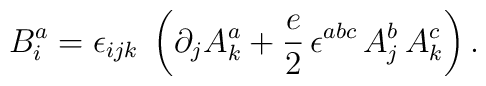
B^a_i = \epsilon_{ijk}\; \left( \partial_j A^a_k + \frac{e}{2}\,\epsilon^{abc}\,A^b_j\,A^c_k \right) .